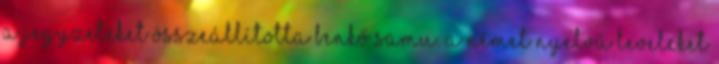
a jegyzeteket összeállította Benkő Samu. A német nyelvű leveleket